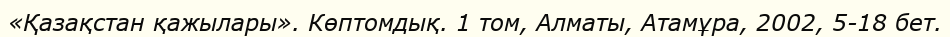
«Қазақстан қажылары». Көптомдық. 1 том, Алматы, Атамұра, 2002, 5-18 бет.